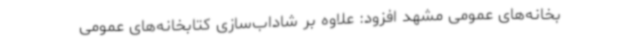
بخانه‌های عمومی مشهد افزود: علاوه بر شاداب‌سازی کتابخانه‌های عمومی